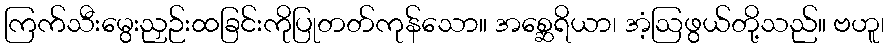
ကြက်သီးမွေးညှဉ်းထခြင်းကိုပြုတတ်ကုန်သော။ အစ္ဆေရိယာ၊ အံ့ဩဖွယ်တို့သည်။ ဗဟူ၊